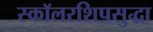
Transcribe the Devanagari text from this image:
स्कॉलरशिपसुद्धा